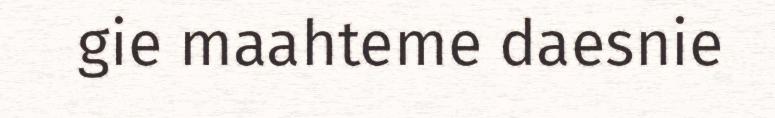
gie maahteme daesnie